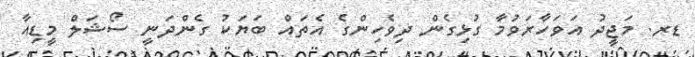
ޑރ. މަޖީދު އަވަހާރަވުމާ ގުޅިގެން ދިވެހިންގެ އެތައް ބަޔަކު ގެންދަނީ ސޯޝަލް މީޑިއާ